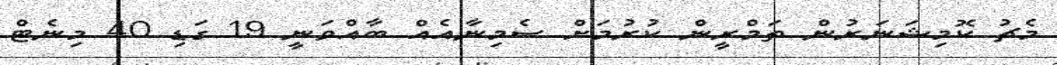
މެޗު ކޮމިޝަނަރުން ތަމްރީން ކުރުމަށް ސެމިނާއެއް ބާއްވަނީ 19 ގަޑި 40 މިނެޓް